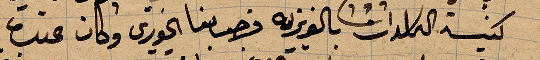
كنيسة الكلدان بالعزيزه فرحب بنا الخوري وكان عنده